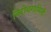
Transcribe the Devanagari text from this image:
निरोधगामिनी